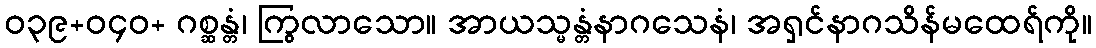
ဝ၃၉+ဝ၄၀+ ဂစ္ဆန္တံ၊ ကြွလာသော။ အာယသ္မန္တံနာဂသေနံ၊ အရှင်နာဂသိန်မထေရ်ကို။